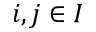
i , j \in I